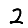
Digit: 2